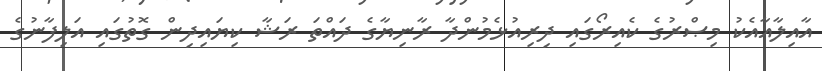
އާއިލާއާއެކު މިޞްރުގެ ކެއިރޯގައި ދިރިއުޅެމުންދާ ރާނިޔާގެ ދައްތަ ރަޝާ ކިޔައިދިން ގޮތުގައި އަލިފާނުގެ